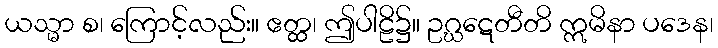
ယသ္မာ စ၊ ကြောင့်လည်း။ ဧတ္ထ၊ ဤပါဠိ၌။ ဥဂ္ဃဋေတီတိ ဣမိနာ ပဒေန၊